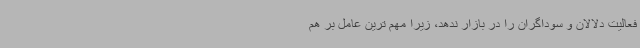
فعالیت دلالان و سوداگران را در بازار ندهد، زیرا مهم ترین عامل بر هم